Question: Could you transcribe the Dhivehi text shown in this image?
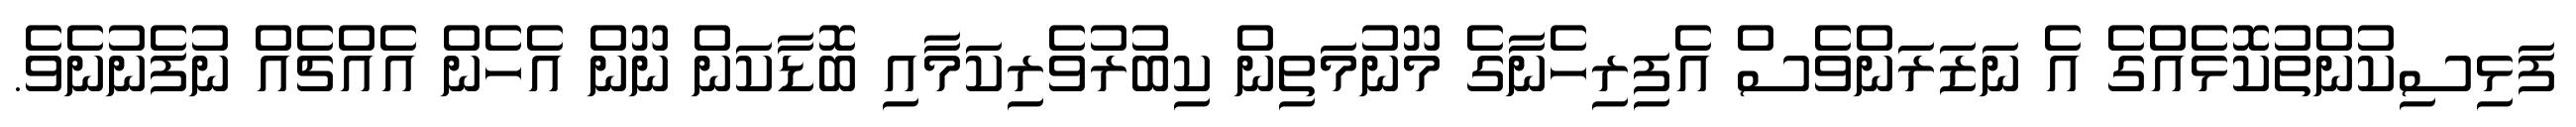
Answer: ފަޅިސިކުންތުކޮޅެއްގެ އެ ނަޒަރަންވެސް އެފިރިހެނާގެ މޫނުމަތިން ކިބުރުވެރިކަމާއި ބޮޑާކަން ނޫން އެހެން އެއްޗެއް ނުފެނުނެވެ.